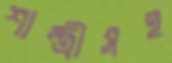
শাস্ত্রীসহ